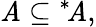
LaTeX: \mathit{A}\subseteq{^{*}\! \mathit{A}},